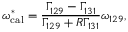
\omega _ { \mathrm { c a l } } ^ { * } = \frac { \Gamma _ { 1 2 9 } - \Gamma _ { 1 3 1 } } { \Gamma _ { 1 2 9 } + R \Gamma _ { 1 3 1 } } \omega _ { 1 2 9 } ,